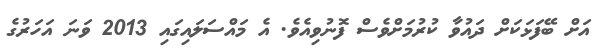
އަށް ބޭފަޅަކަށް ދައުވާ ކުރުމަށްވެސް ފޮނުވިއެވެ. އެ މައްސަލައިގައި 2013 ވަނަ އަހަރުގެ